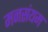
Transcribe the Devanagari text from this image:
मनसंयम